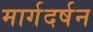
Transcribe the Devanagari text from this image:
मार्गदर्षन